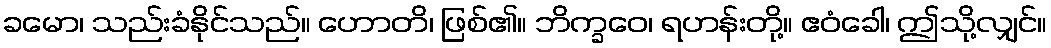
ခမော၊ သည်းခံနိုင်သည်။ ဟောတိ၊ ဖြစ်၏။ ဘိက္ခဝေ၊ ရဟန်းတို့။ ဧဝံခေါ၊ ဤသို့လျှင်။